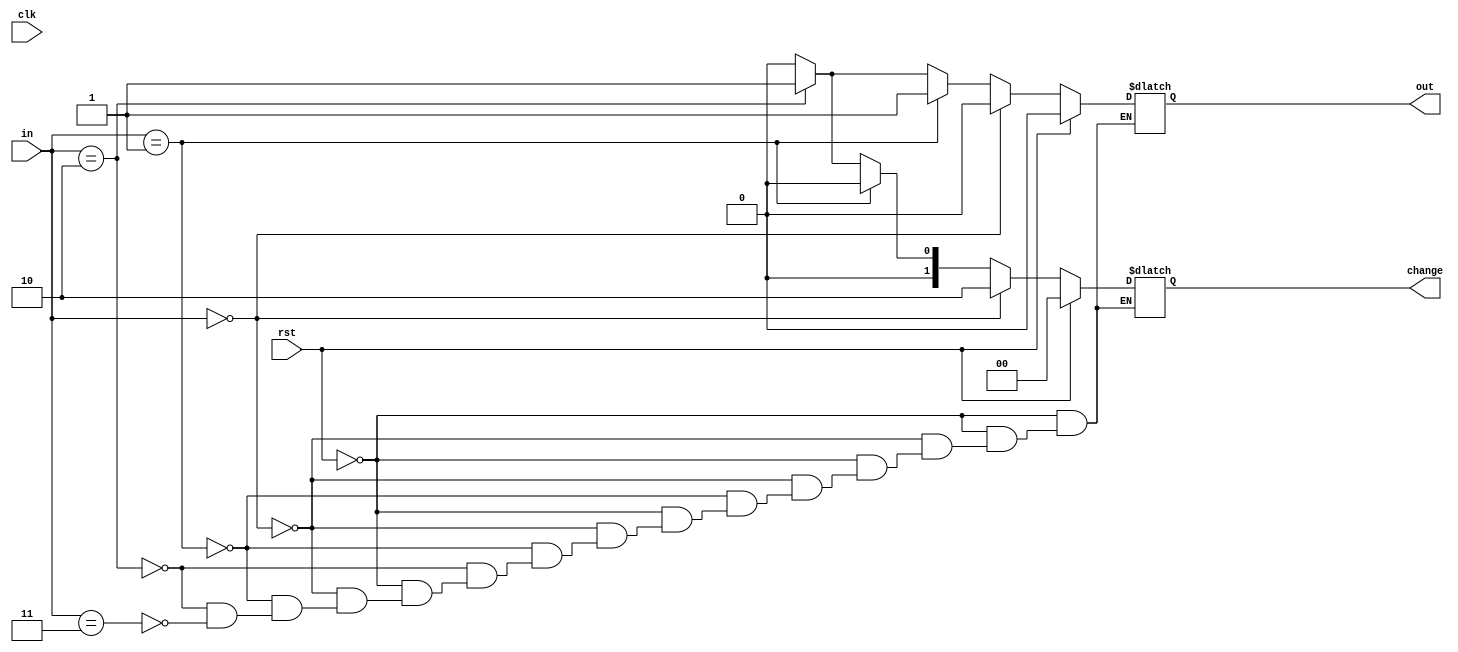
`timescale 1ns / 1ps
//////////////////////////////////////////////////////////////////////////////////
// Company: 
// Engineer: 
// 
// Design Name: 
// Module Name: Hardware_Vending
// Project Name: 
// Target Devices: 
// Tool Versions: 
// Description: Hardware Implementation
// 
// Dependencies: 
// 
// Revision:
// Revision 0.01 - File Created
// Additional Comments:
// 
//////////////////////////////////////////////////////////////////////////////////


module Hardware_Vending(input clk, input rst, input [1:0]in, // 01 = 5 rs, 10 = 10 rs
output reg out, output reg[1:0] change
);
parameter s0 = 2'b00; //10
parameter s1 = 2'b01; //15
parameter s2 = 2'b10; //20
parameter s3 = 2'b11; //0

always@ (clk) //change only during posedge clock
    begin
        if(rst == 1) //reset stage=S0 stage
            begin
                out=2'b00;
                change = 2'b00;
            end
        else
            begin
                if(in == 2'b00)
                    begin
                        out=0;
                        change=2'b10;
                    end
                else if(in == 2'b01)
                    begin
                        out=1;
                        change=2'b00;
                    end
                else if(in == 2'b10)
                    begin
                        out=1;
                        change=2'b01;
                    end
                 else if(in == 2'b11)
                    begin
                        out=2'b00;
                        change = 2'b00;
                    end
            end
      end
        
        
        
endmodule